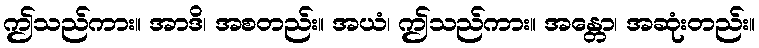
ဤသည်ကား။ အာဒိ၊ အစတည်း။ အယံ၊ ဤသည်ကား။ အန္တော၊ အဆုံးတည်း။